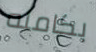
بكامله